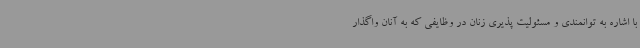
با اشاره به توانمندی و مسئولیت پذیری زنان در وظایفی که به آنان واگذار